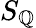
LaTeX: S_{\mathbb{Q}}